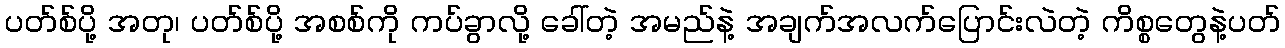
ပတ်စ်ပို့ အတု၊ ပတ်စ်ပို့ အစစ်ကို ကပ်ခွာလို့ ခေါ်တဲ့ အမည်နဲ့ အချက်အလက်ပြောင်းလဲတဲ့ ကိစ္စတွေနဲ့ပတ်